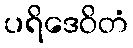
ပရိဒေဝိတံ